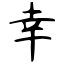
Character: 幸